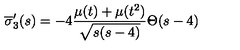
\overline { { \sigma } } _ { 3 } ^ { \prime } ( s ) = - 4 \frac { \mu ( t ) + \mu ( t ^ { 2 } ) } { \sqrt { s ( s - 4 ) } } \Theta ( s - 4 )